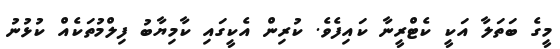
މީގެ ބަތަލާ އަކީ ކެޓްރީނާ ކައިފެވެ. ކުރިން އެކީގައި ކާމިޔާބު ފިލްމުތަކެއް ކުޅުނު